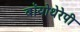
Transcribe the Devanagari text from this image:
बॉयोथेरेपी